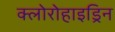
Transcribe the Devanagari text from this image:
क्लोरोहाइड्रिन